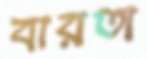
বারতা